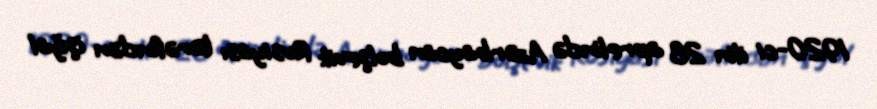
1920-ci ilin 28 aprelində Azərbaycan bolşevik Rusiyası tərəfindən işğal